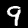
Digit: 9